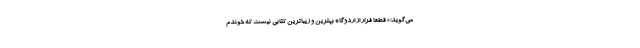
می‌گوید:« قطعا فرار از اردوگاه بهترین و زیباترین کتابی نیست که خوندم